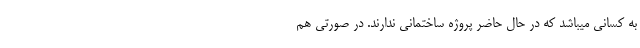
به کسانی میباشد که در حال حاضر پروژه ساختمانی ندارند. در صورتی هم